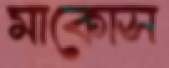
মাকোস